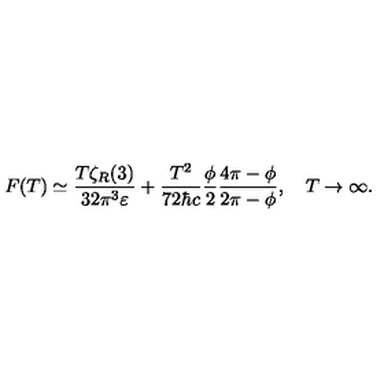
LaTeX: F ( T ) \simeq \frac { T \zeta _ { R } ( 3 ) } { 3 2 \pi ^ { 3 } \varepsilon } + \frac { T ^ { 2 } } { 7 2 \hbar c } \frac { \phi } { 2 } \frac { 4 \pi - \phi } { 2 \pi - \phi } , \quad T \to \infty { . }